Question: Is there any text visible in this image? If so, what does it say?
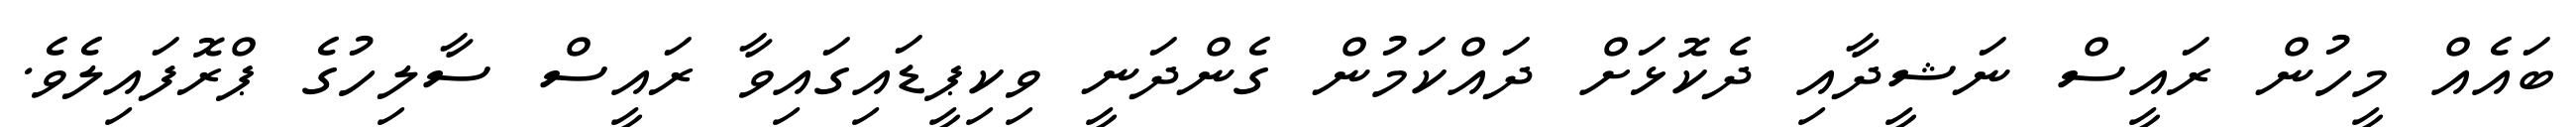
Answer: ބައެއް މީހުން ރައީސް ނަޝީދާއި ދެކޮޅަށް ދައްކަމުން ގެންދަނީ ވިކިޕީޑައިގައިވާ ރައީސް ސާލިހުގެ ޕްރޮފައިލެވެ.